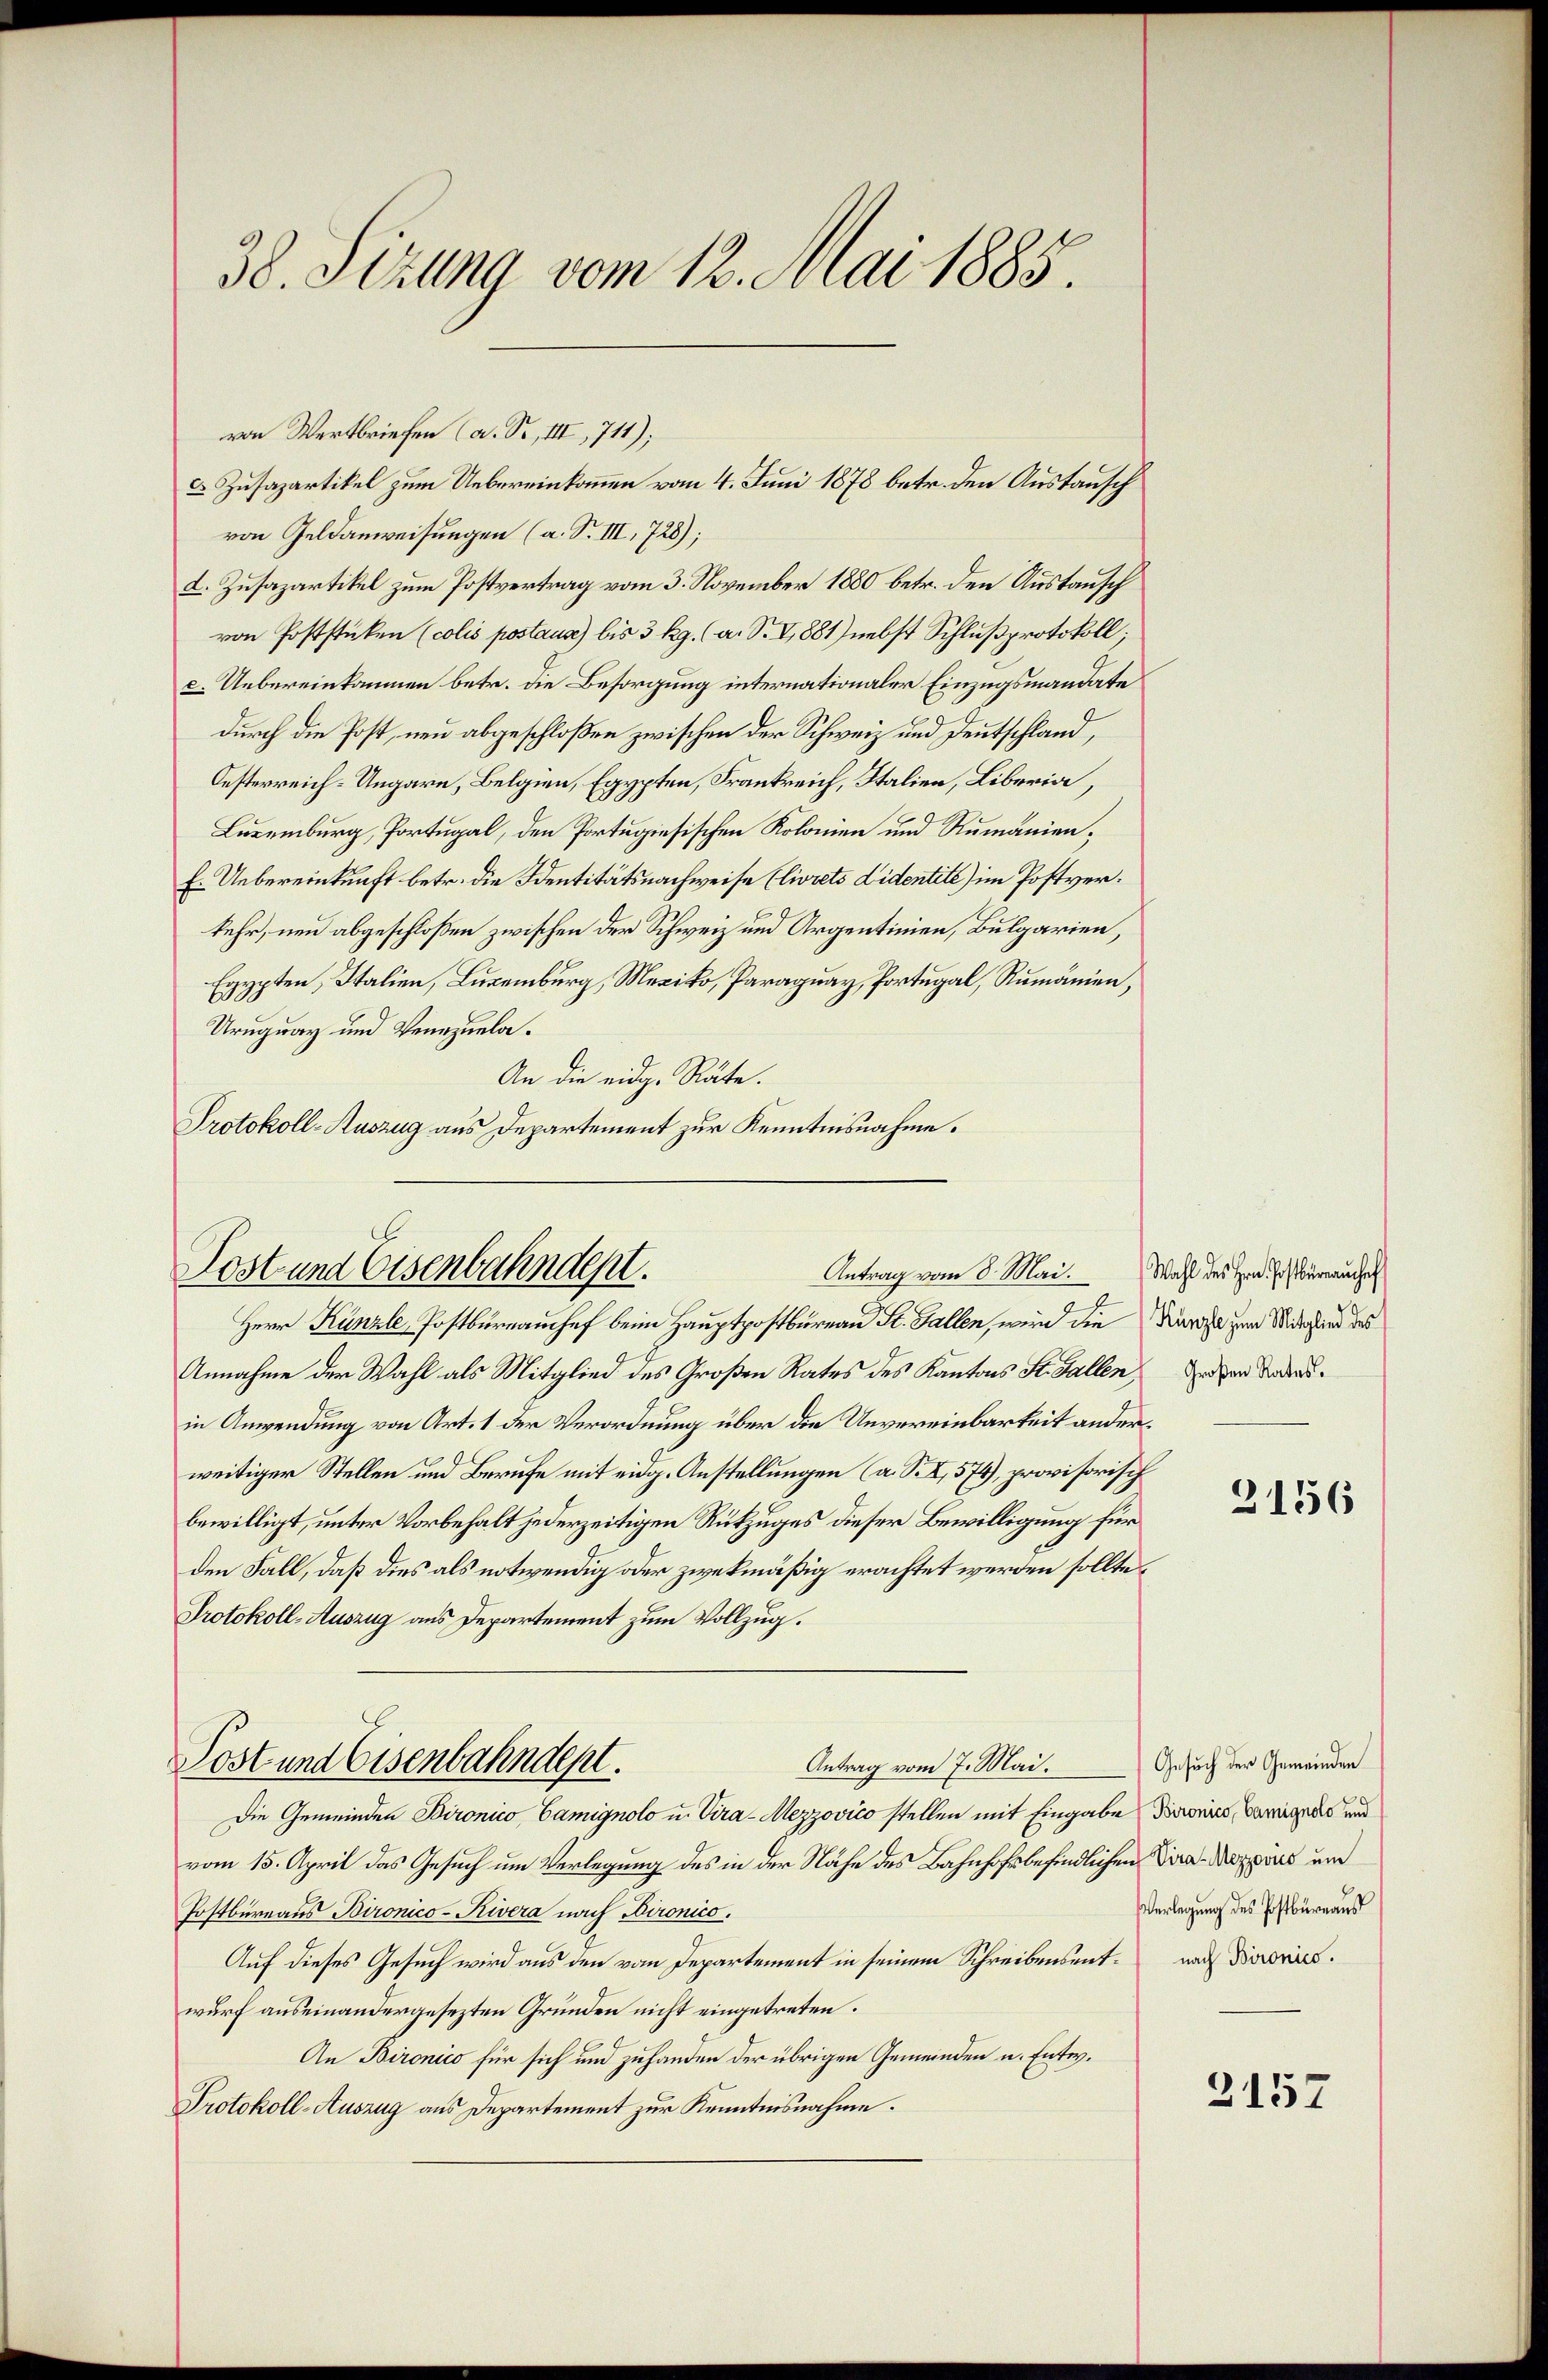
38. Sizung vom 12. Mai 1885.

von Wertbriefe (a. S., III, 711);
von Geldanweisungen (a. S. III, 728);
L. Zusazartikel zum Postvertrag vom 3. November 1880 betr. den Austausch
von Poststücken (colis postaus) bis 3 kg. (a. S. V, 881) nebst Schlußprotokoll;
c. Uebereinkommen betr. die Besorgung internationaler Einzugsmandate
durch die Post, neu abgeschloßen zwischen der Schweiz und Deutschland,
Oesterreich-Ungarn, Belgien, Egypten, Frankreich, Italien, Liberia,
Luxenburg, Portugal, den Portugisischen Kolonien und Rumänien;
E. Uebereinkunft betr. die Identitätsnachweise (livreto Lidentite) im Postverkehr, neu abgeschloßen zwischen der Schweiz und Argentinien, Bulgarien,
Egypten, Italien, Luxenburg, Mexiko, Paraguay, Portugal, Rumänien,
Uruguay und Venezuela¬
An die eidg. Räte.
Protokoll-Auszug aus Departement zur Kenntnisnahme.

Herr Künzle, Postbureauschef beim Hauptpostbureau St. Gallen, wird die Kanze zum Mitglied des
Annahme der Wahl als Mitglied des Großen Rates des Kantons St. Gallen,
in Anwendung von Art. 1 der Verordnung über die Unvereinbarkeit anderweitiger Stellen und Berufe mit eidg. Anstellungen (a. S. I, 574), provisorisch
bewilligt, unter Vorbehalt jederzeitigen Rükzuges dieser Bewilligung für
den Fall, daß dies als notwendig oder zwekmäßig erachtet werden sollte,
Protokoll-Auszug aus Departement zum Vollzug.
Die Gemeinden Bironico Camignolo u. Vira-Mezzovićo stellen mit Eingabe darein Beweigens und
vom 15. April das Gesuch um Verlegung des in der Nähe des Bahnhof befindlichen
Postbureaus Bironico-Kivera nach Dironico.
Auf dieses Gesuch wird aus den vom Departement in seinem Schreibensentwurf auseinandergesezten Gründen nicht eingetreten.
An Bironico für sich und zuhanden der übrigen Gemeinden u. Entw.
Protokoll-Auszug aus Departement zur Kenntnisnahme.

Post und Eisenbahndept.
Antrag vom 8. Mai.

Post und Eisenbahndept.

c Zusapartikel zum Uebereinkommen vom 4. Juni 1878 betr. den Austausch

Antrag vom 7. Mai.

Wahl des Hrn. Postbüreaŭchef
Großen Rates.

3156

Gesuch der Gemeinden
Vira-Mezzovics um
Verlegung des Postbüreaus
nach Bironico.

2157